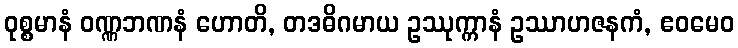
ဝုစ္စမာနံ ဝဏ္ဏဘဏနံ ဟောတိ, တဒဓိဂမာယ ဥဿုက္ကာနံ ဥဿာဟဇနကံ, ဧဝမေဝ